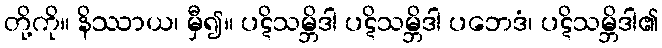
တို့ကို။ နိဿာယ၊ မှီ၍။ ပဋိသမ္ဘိဒါ ပဋိသမ္ဘိဒါ ပဘေဒံ၊ ပဋိသမ္ဘိဒါ၏